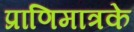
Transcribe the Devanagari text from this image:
प्राणिमात्रके